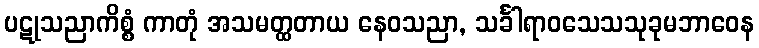
ပဋုသညာကိစ္စံ ကာတုံ အသမတ္ထတာယ နေဝသညာ, သင်္ခါရာဝသေသသုခုမဘာဝေန